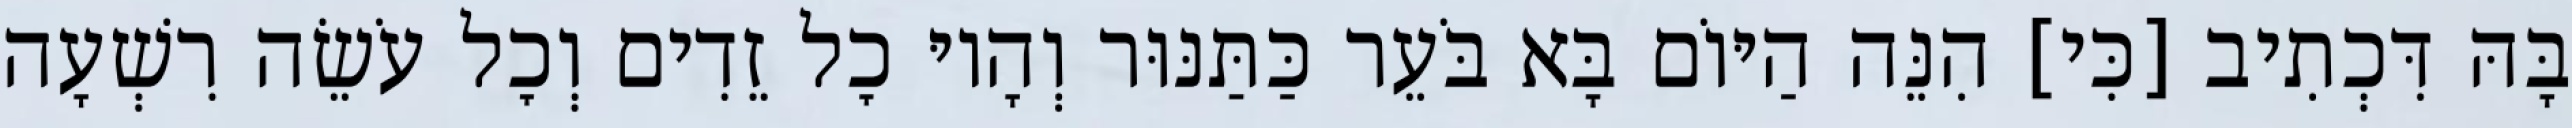
בָּהּ דִּכְתִיב [כִּי] הִנֵּה הַיּוֹם בָּא בֹּעֵר כַּתַּנּוּר וְהָיוּ כׇל זֵדִים וְכׇל עֹשֵׂה רִשְׁעָה